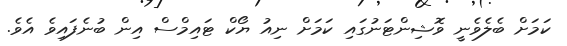
ކަމަށް ބެލެވެނީ ވޮޝިންޓަނުގައި ކަމަށް ނިއު ޔޯކް ޓައިމްސް އިން ބުނެފައިވެ އެވެ.